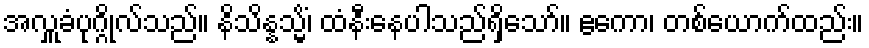
အလှူခံပုဂ္ဂိုလ်သည်။ နိသိန္နသ္မိံ၊ ထံနီးနေပါသည်ရှိသော်။ ဧကော၊ တစ်ယောက်ထည်း။